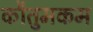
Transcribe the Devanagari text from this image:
कौतुमकम